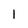
Character: 1